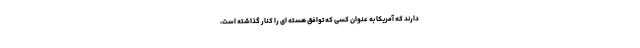
دارند که آمریکا به عنوان کسی که توافق هسته ای را کنار گذاشته است،